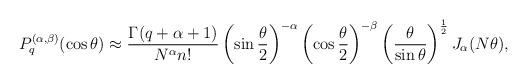
LaTeX: \begin{align*}P_q^{(\alpha ,\beta )}(\cos\theta )\approx\frac {\Gamma (q+\alpha+1)}{N^{\alpha}n!}\left(\sin\frac {\theta}2\right)^{-\alpha}\left(\cos\frac {\theta}2\right)^{-\beta}\left(\frac {\theta}{\sin\theta}\right)^{\frac 12}J_{\alpha}(N\theta ),\end{align*}